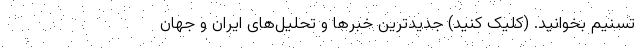
تسنیم بخوانید. (کلیک کنید) جدیدترین خبرها و تحلیل‌های ایران و جهان